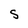
Character: S